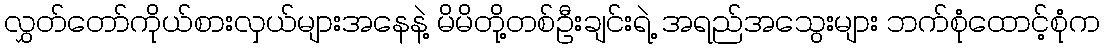
လွှတ်တော်ကိုယ်စားလှယ်များအနေနဲ့ မိမိတို့တစ်ဦးချင်းရဲ့ အရည်အသွေးများ ဘက်စုံထောင့်စုံက